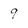
Character: 9